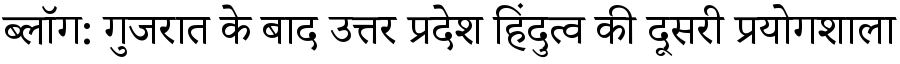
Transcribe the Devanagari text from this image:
ब्लॉग: गुजरात के बाद उत्तर प्रदेश हिंदुत्व की दूसरी प्रयोगशाला